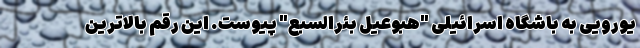
یورویی به باشگاه اسرائیلی "هبوعیل بئرالسبع" پیوست. این رقم بالاترین